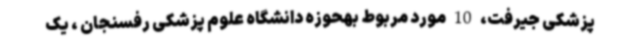
پزشکی جیرفت، 10 مورد مربوط بهحوزه دانشگاه علوم پزشکی رفسنجان ، یک